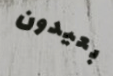
بعيدون